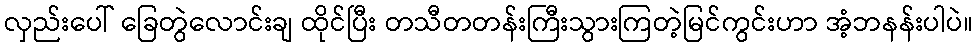
လှည်းပေါ် ခြေတွဲလောင်းချ ထိုင်ပြီး တသီတတန်းကြီးသွားကြတဲ့မြင်ကွင်းဟာ အံ့ဘနန်းပါပဲ။